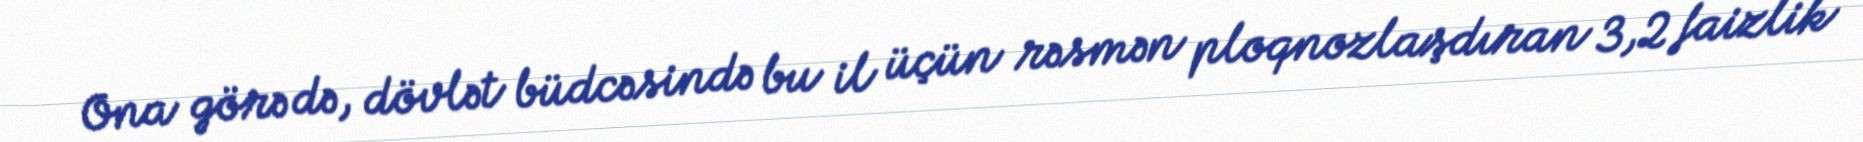
Ona görə də, dövlət büdcəsində bu il üçün rəsmən ploqnozlaşdıran 3,2 faizlik